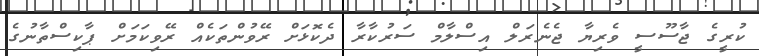
ކުރީގެ ޖާސޫސީ ވެރިޔާ ޖެނެރަލް އިސްލާމް ސަރުކާރާ ދެކޮޅަށް ރޭވުންތަކެއް ރޭވިކަމަށް ޕާކިސްތާނުގެ